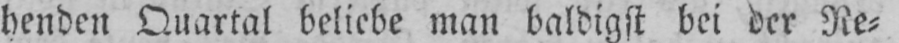
henden Quartal beliebe man baldigst bei der Re⸗